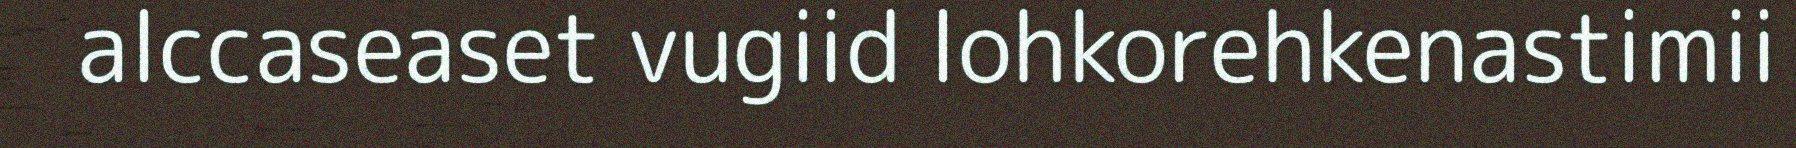
alccaseaset vugiid lohkorehkenastimii